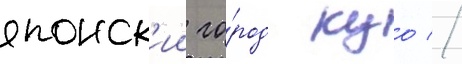
японск'ии го́род куо //